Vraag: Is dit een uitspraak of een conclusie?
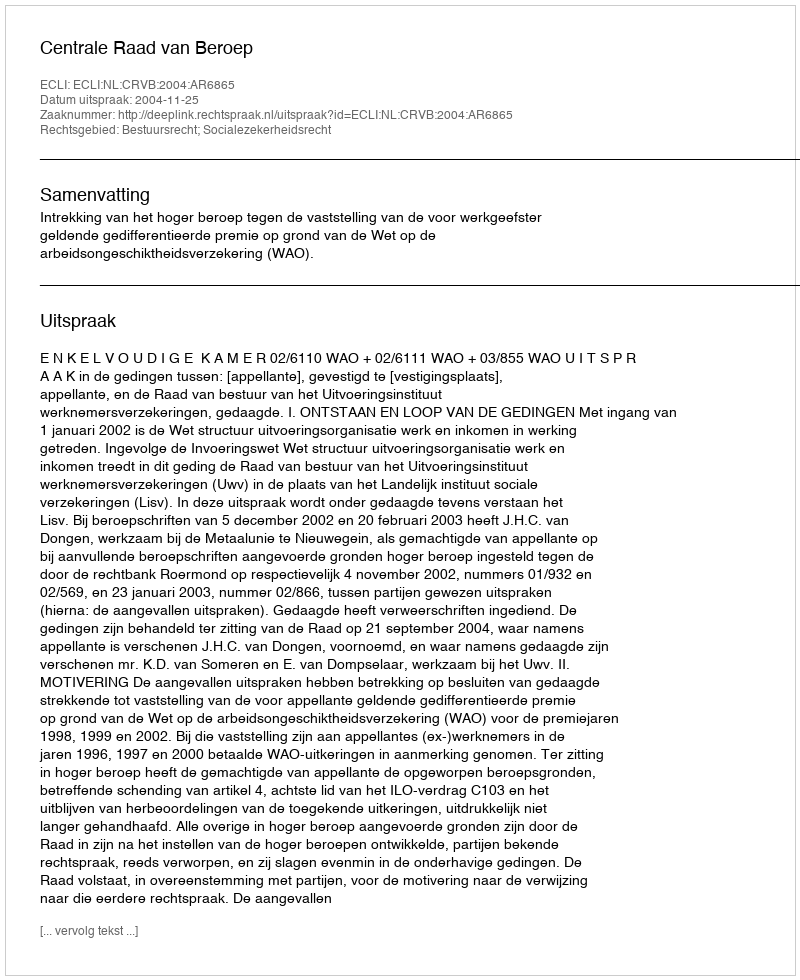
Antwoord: Uitspraak